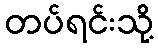
တပ်ရင်းသို့